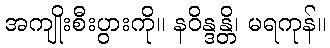
အကျိုးစီးပွားကို။ နဝိန္ဒန္တိ၊ မရကုန်။